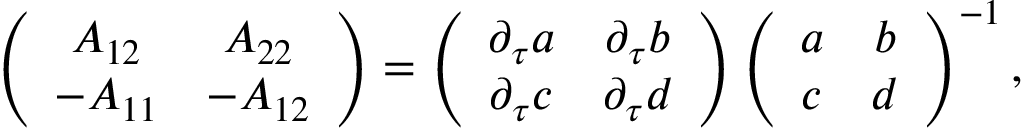
\left( \begin{array} { c c } { { A _ { 1 2 } } } & { { A _ { 2 2 } } } \\ { { - A _ { 1 1 } } } & { { - A _ { 1 2 } } } \end{array} \right) = \left( \begin{array} { c c } { { \partial _ { \tau } a } } & { { \partial _ { \tau } b } } \\ { { \partial _ { \tau } c } } & { { \partial _ { \tau } d } } \end{array} \right) \left( \begin{array} { c c } { { a } } & { { b } } \\ { { c } } & { { d } } \end{array} \right) ^ { - 1 } ,